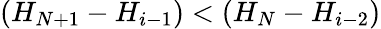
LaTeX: (H_{N+1}-H_{i-1})<(H_{N}-H_{i-2})